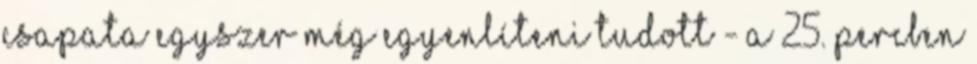
csapata egyszer még egyenlíteni tudott - a 25. percben